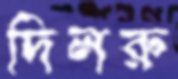
দিলরু